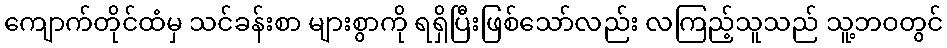
ကျောက်တိုင်ထံမှ သင်ခန်းစာ များစွာကို ရရှိပြီးဖြစ်သော်လည်း လကြည့်သူသည် သူ့ဘဝတွင်